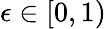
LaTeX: \epsilon\in[0,1)